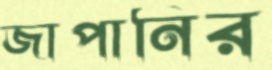
জাপানির